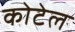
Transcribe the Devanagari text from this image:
कोटेल